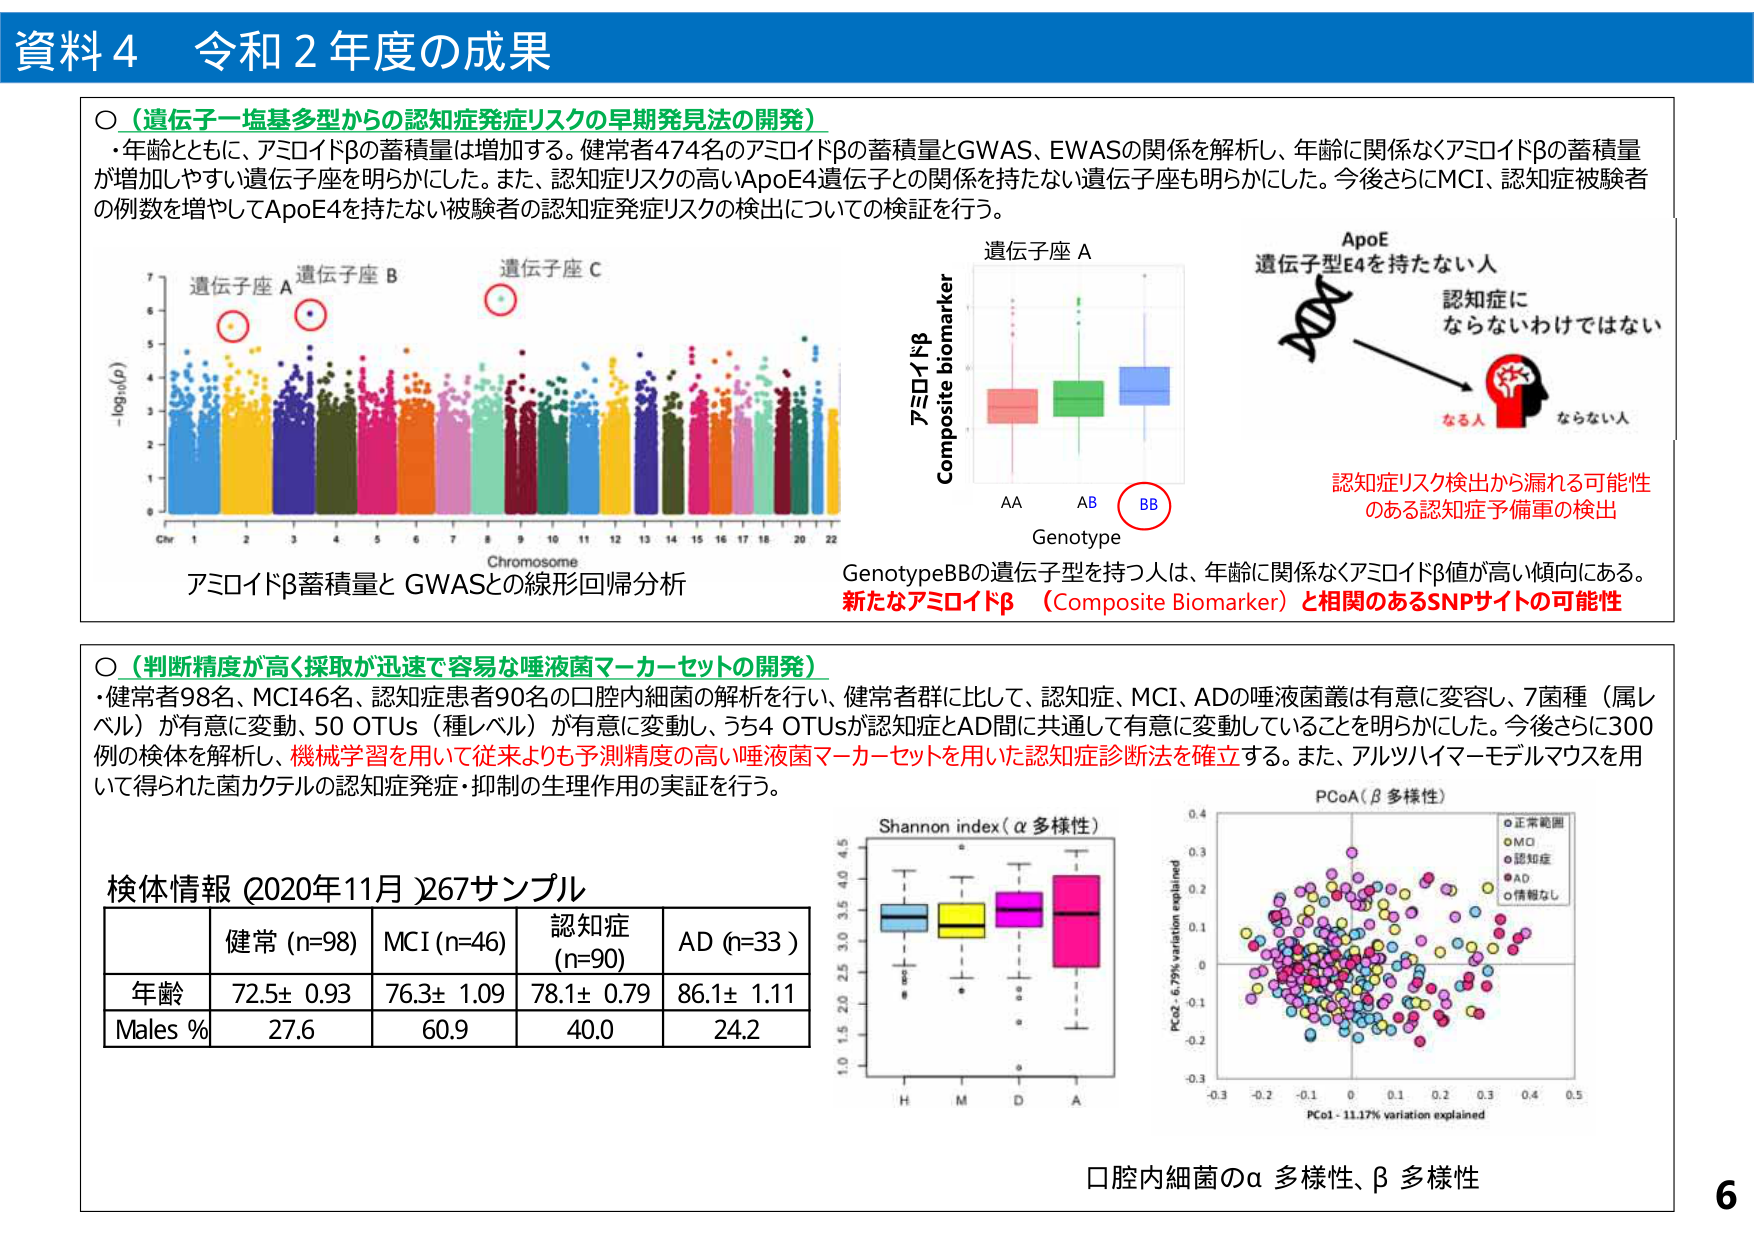
資料４ 令和２年度の成果

○（遺伝子一塩基多型からの認知症発症リスクの早期発見法の開発）
・年齢とともに、アミロイドβの蓄積量は増加する。健常者474名のアミロイドβの蓄積量とGWAS、EWASの関係を解析し、年齢に関係なくアミロイドβの蓄積量が増加しやすい遺伝子座を明らかにした。また、認知症リスクの高いApoE4遺伝子との関係を持たない遺伝子座も明らかにした。今後さらにMCI、認知症被験者の例数を増やしてApoE4を持たない被験者の認知症発症リスクの検出についての検証を行う。

アミロイドβ蓄積量と GWASとの線形回帰分析

遺伝子座 A
遺伝子座 B
遺伝子座 C

Chr 1 2 3 4 5 6 7 8 9 10 11 12 13 14 15 16 17 18 19 20 22
Chromosome

- log10(p)

遺伝子座 A

Composite biomarker
アミロイドβ

AA AB BB
Genotype

ApoE
遺伝子型E4を持たない人

認知症に
ならないわけではない

なる人 ならない人

認知症リスク検出から漏れる可能性
のある認知症予備軍の検出

GenotypeBBの遺伝子型を持つ人は、年齢に関係なくアミロイドβ値が高い傾向にある。
新たなアミロイドβ（Composite Biomarker）と相関のあるSNPサイトの可能性

○（判断精度が高く採取が迅速で容易な唾液菌マーカーセットの開発）
・健常者98名、MCI46名、認知症患者90名の口腔内細菌の解析を行い、健常者群に比して、認知症、MCI、ADの唾液菌叢は有意に変容し、7菌種（属レベル）が有意に変動、50 OTUs（種レベル）が有意に変動し、うち4 OTUsが認知症とAD間で共通して有意に変動していることを明らかにした。今後さらに300例の検体を解析し、機械学習を用いて従来よりも予測精度の高い唾液菌マーカーセットを用いた認知症診断法を確立する。また、アルツハイマーモデルマウスを用いて得られた菌カクテルの認知症発症・抑制の生理作用の実証を行う。

検体情報（2020年11月）267サンプル

| | 健常 (n=98) | MCI (n=46) | 認知症 (n=90) | AD (n=33) |
|---|---|---|---|---|
| 年齢 | 72.5± 0.93 | 76.3± 1.09 | 78.1± 0.79 | 86.1± 1.11 |
| Males % | 27.6 | 60.9 | 40.0 | 24.2 |

Shannon index（α多様性）

PCoA（β多様性）
●正常範囲
○MCI
●認知症
●AD
○情報なし

PCo2 - 6.79% variation explained
PCo1 - 11.17% variation explained

口腔内細菌のα多様性、β多様性

6